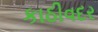
કાઠીવદર